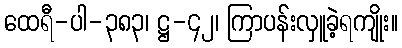
ထေရီ-ပါ-၃၈၃၊ ဋ္ဌ-၄၂၊ ကြာပန်းလှူခဲ့ရကျိုး။